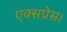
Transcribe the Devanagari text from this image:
एक्‍सप्रेस।